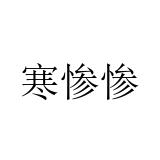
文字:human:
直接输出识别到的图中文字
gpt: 寒惨惨